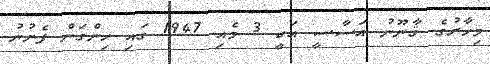
މިހާރުގެ ޤާނޫނު އަސާސީ އަކީ 3 މެއި 1947 ގައި ހިންގަން ފެށުނު